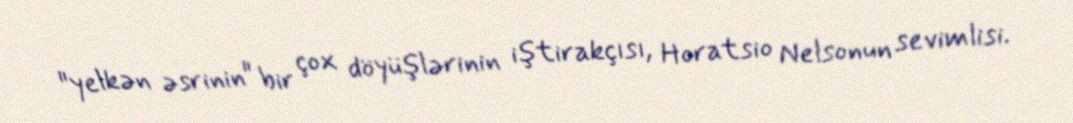
"yelkən əsrinin" bir çox döyüşlərinin iştirakçısı, Horatsio Nelsonun sevimlisi.